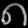
Digit: ၈